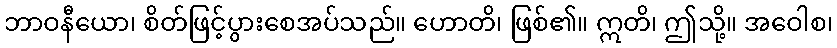
ဘာဝနီယော၊ စိတ်ဖြင့်ပွားစေအပ်သည်။ ဟောတိ၊ ဖြစ်၏။ ဣတိ၊ ဤသို့။ အဝေါစ၊